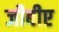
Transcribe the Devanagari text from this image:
जीबीए